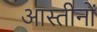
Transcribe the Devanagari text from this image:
आस्तीनों